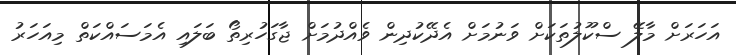
އަހަރަށް މާލޭ ސްކޫލުތަކަށް ވަނުމަށް އެދޭކުދިން ވެއްދުމަށް ޖާގަހުރިތޯ ބަލައި އެމަސައްކަތް މިއަހަރު